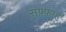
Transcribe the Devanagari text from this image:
सफ़्फ़ाह